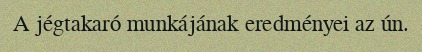
A jégtakaró munkájának eredményei az ún.